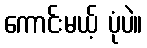
ကောင်းမယ့် ပုံပဲ။